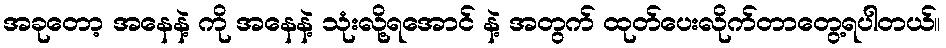
အခုတော့ အနေနဲ့ ကို အနေနဲ့ သုံးလို့ရအောင် နဲ့ အတွက် ထုတ်ပေးလိုက်တာတွေ့ရပါတယ်။